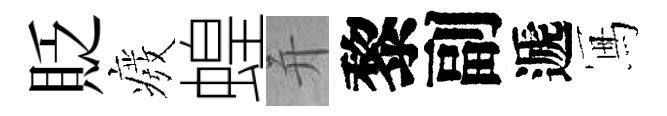
貶癈蝗并黎副遞冩